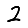
Digit: 2